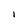
Character: I